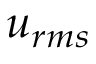
u _ { r m s }